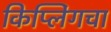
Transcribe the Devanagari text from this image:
किप्लिंगचा